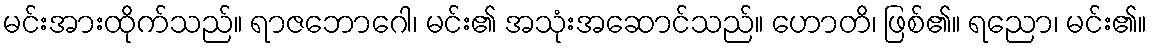
မင်းအားထိုက်သည်။ ရာဇဘောဂေါ၊ မင်း၏ အသုံးအဆောင်သည်။ ဟောတိ၊ ဖြစ်၏။ ရညော၊ မင်း၏။